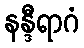
နန္ဒီရာဂံ